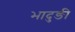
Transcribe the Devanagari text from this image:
भादुङी